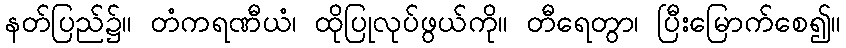
နတ်ပြည်၌။ တံကရဏီယံ၊ ထိုပြုလုပ်ဖွယ်ကို။ တီရေတွာ၊ ပြီးမြောက်စေ၍။